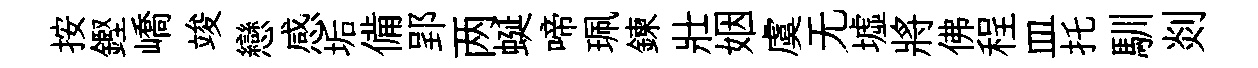
按鏗嶠竣戀感垢備郢两蜒啼珮鍊壯姻虞无墟將佛程皿托馴剡